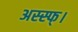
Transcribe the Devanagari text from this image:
अस्स्फ्।